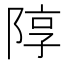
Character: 䧐